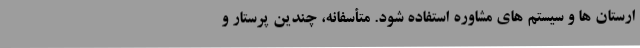
ارستان ها و سیستم های مشاوره استفاده شود. متأسفانه، چندین پرستار و